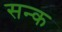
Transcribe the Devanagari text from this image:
सन्क